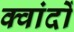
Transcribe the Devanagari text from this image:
क्वांदों